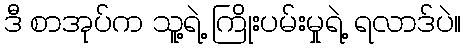
ဒီ စာအုပ်က သူ့ရဲ့ ကြိုးပမ်းမှုရဲ့ ရလာဒ်ပဲ။